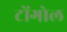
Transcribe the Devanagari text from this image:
टोंगोल